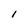
Character: 1